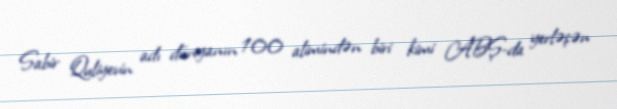
Sabir Quliyevin adı dünyanın 100 alimindən biri kimi ABŞ-da yerləşən